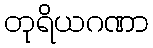
တုရိယဂဏာ